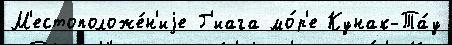
М'естоположе́н'иjе Г'иага мо́р'е Кунак-Та́у